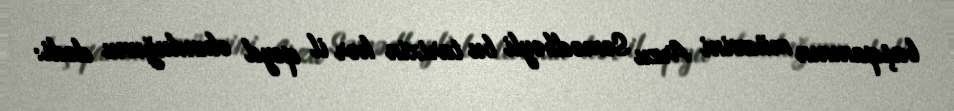
başqanının müavini Arzu Səmədbəyli bu tarixin hər il qeyd olunduğunu dedi: